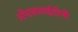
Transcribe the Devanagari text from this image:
ओएसआईटीपी